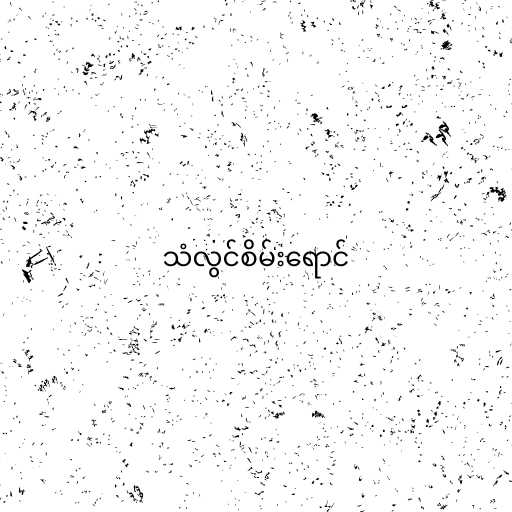
သံလွင်စိမ်းရောင်